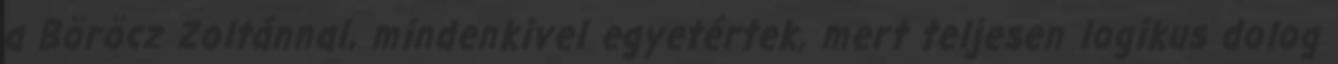
a Böröcz Zoltánnal, mindenkivel egyetértek, mert teljesen logikus dolog